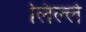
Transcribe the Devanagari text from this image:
लिल्ले